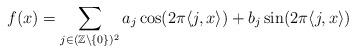
LaTeX: \begin{align*} f(x)=\sum_{j\in(\mathbb{Z}\backslash \{0\})^2}a_j\cos(2\pi\langle j,x\rangle)+b_j\sin(2\pi\langle j,x\rangle)\end{align*}